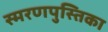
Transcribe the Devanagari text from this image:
स्मरणपुस्तिका